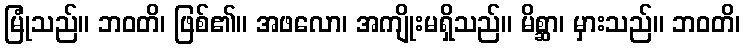
မြုံသည်။ ဘဝတိ၊ ဖြစ်၏။ အဖလော၊ အကျိုးမရှိသည်။ မိစ္ဆာ၊ မှားသည်။ ဘဝတိ၊